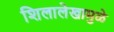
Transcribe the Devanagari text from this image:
शिलालेखामुळे